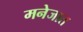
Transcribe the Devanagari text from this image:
मनेजात